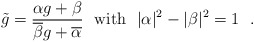
\begin{align*}\tilde{g} = \frac{\alpha g+\beta}{\overline{\beta}g+\overline{\alpha}} ~~{\rm with}~~|\alpha|^2 - |\beta|^2 = 1~~.\end{align*}